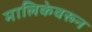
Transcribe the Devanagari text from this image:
मालिकेवरून